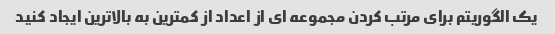
یک الگوریتم برای مرتب کردن مجموعه ای از اعداد از کمترین به بالاترین ایجاد کنید